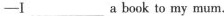
-I___a book to my mum.